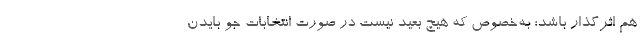
هم اثرگذار باشد؛ به‌خصوص که هیچ بعید نیست در صورت انتخابات جو بایدن